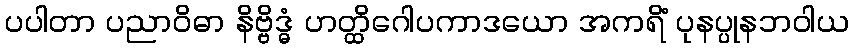
ပပါတာ ပညာဝိဓာ နိဗ္ဗိဒ္ဓံ ဟတ္ထိဂေါပကာဒယော အကရိံ ပုနပ္ပုနဘဝါယ